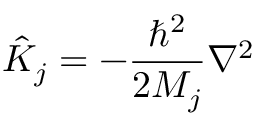
{ \hat { K } } _ { j } = - \frac { \hbar ^ { 2 } } { 2 M _ { j } } \nabla ^ { 2 }